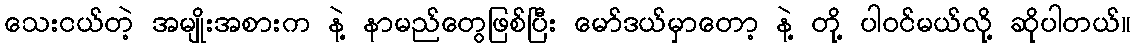
သေးငယ်တဲ့ အမျိုးအစားက နဲ့ နာမည်တွေဖြစ်ပြီး မော်ဒယ်မှာတော့ နဲ့ တို့ ပါဝင်မယ်လို့ ဆိုပါတယ်။